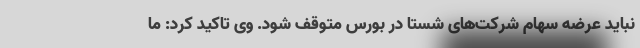
نباید عرضه سهام شرکت‌های شستا در بورس متوقف شود. وی تاکید کرد: ما